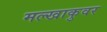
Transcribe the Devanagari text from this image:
मल्खाकुवर